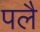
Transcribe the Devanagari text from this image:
पलै